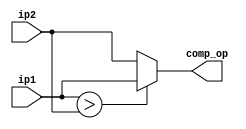
`timescale 1ns / 1ps

module comparator2(
    input [7:0] ip1,
    input [7:0] ip2,
    output [7:0] comp_op);
    
    assign comp_op = (ip1>ip2)?ip1:ip2;
endmodule
//master_rst?32'h0:(rst?(32'h0):